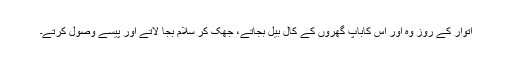
اتوار کے روز وہ اور اس کاباپ گھروں کے کال بیل بجاتے، جھک کر سلام بجا لاتے اور پیسے وصول کرتے۔